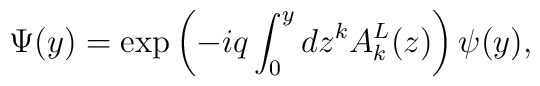
\Psi (y) = \exp \left( { - iq\int_0^y {dz^k A_k^L (z)} }\right)\psi (y) ,